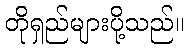
တိုရှည်များပို့သည်။